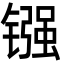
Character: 镪